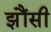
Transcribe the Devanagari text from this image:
झौंसी